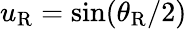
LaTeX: u_{\mathrm{R}}=\sin(\theta_{\mathrm{R}}/2)